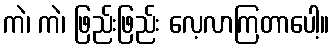
ကဲ၊ ကဲ၊ ဖြည်းဖြည်း လေ့လာကြတာပေါ့။